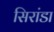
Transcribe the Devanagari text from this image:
सिरांडा